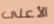
الأعلى